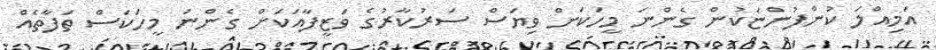
އަމިއްލަ ކުންފުންޏަކުން ގެންނަ މީހަކަށް ވިޔަސް ސަރުކާރުގެ ވަޒީފާއަކަށް ގެންނަ މީހަކަސް ތަފާތެއް